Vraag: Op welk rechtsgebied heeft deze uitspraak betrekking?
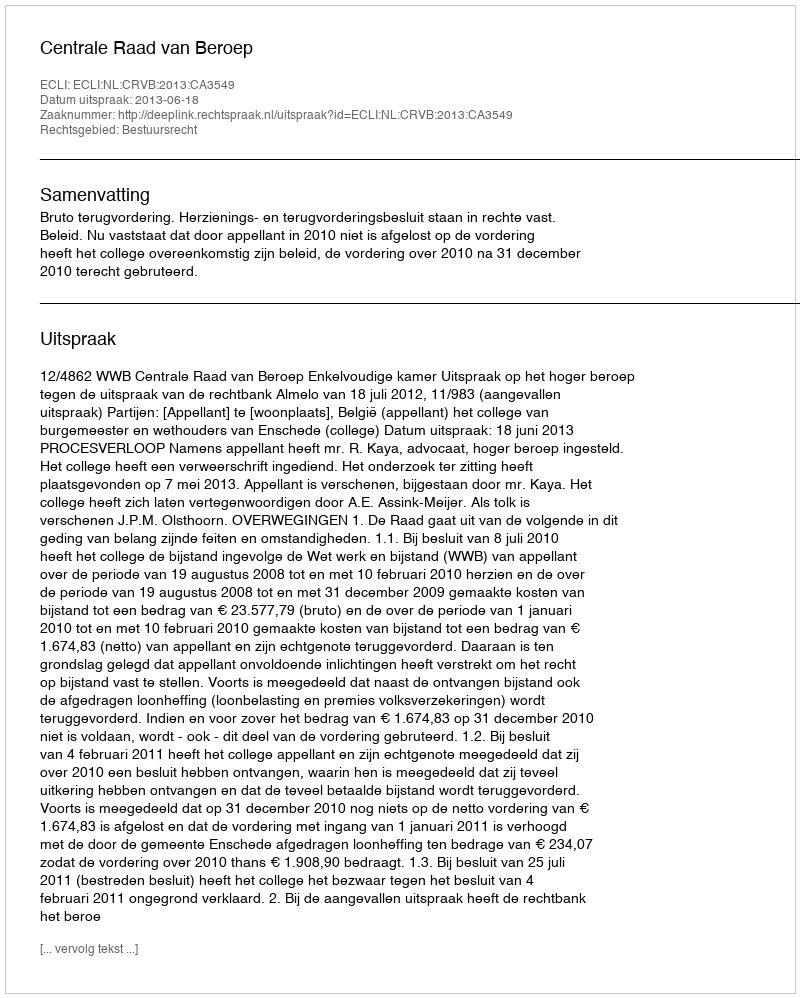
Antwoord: Bestuursrecht